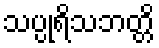
သပ္ပုရိသဘတ္တိ